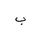
Letter: _ba